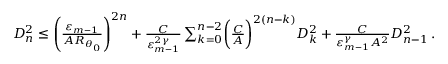
\begin{array} { r } { D _ { n } ^ { 2 } \leq \mathopen { } \mathclose \bgroup \left( \frac { \varepsilon _ { m - 1 } } { A R _ { \theta _ { 0 } } } \aftergroup \egroup \right) ^ { 2 n } + \frac { C } { \varepsilon _ { m - 1 } ^ { 2 \gamma } } \sum _ { k = 0 } ^ { n - 2 } \biggl ( \frac { C } { A } \biggr ) ^ { 2 ( n - k ) } D _ { k } ^ { 2 } + \frac { C } { \varepsilon _ { m - 1 } ^ { \gamma } A ^ { 2 } } D _ { n - 1 } ^ { 2 } \, . } \end{array}